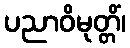
ပညာဝိမုတ္တိံ၊